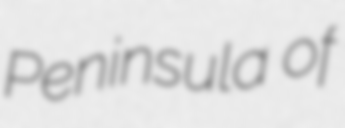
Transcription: Peninsula of